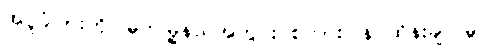
အပူခံပြားကို မြိတ်မြို့နယ်အတွင်း စကားပြန် ထိန်းချူပ်မှု